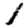
Digit: 1